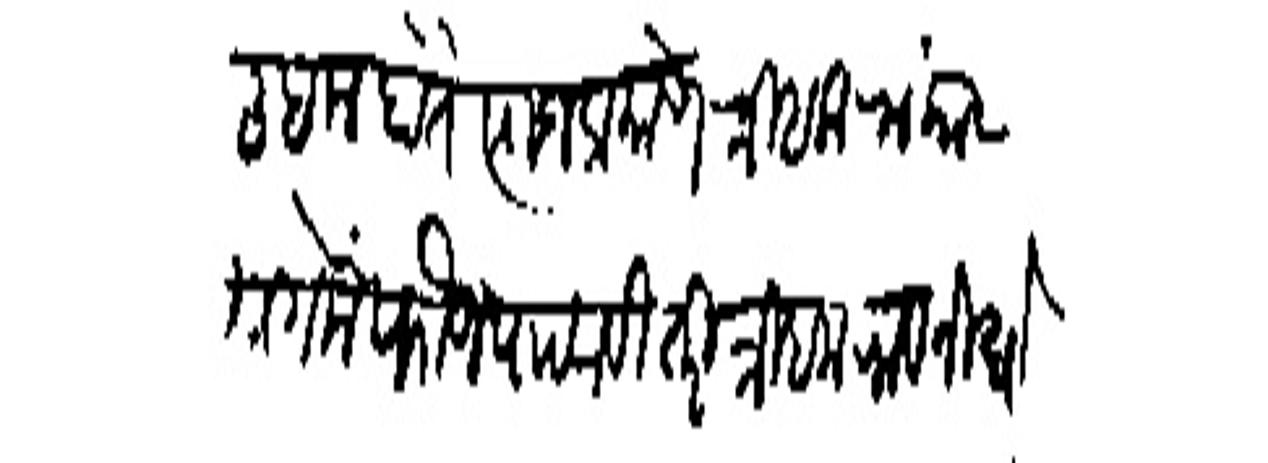
Transliteration (Devanagari): लिहिल होते त्याजप्रमाणे त्रिंबकरायास मागमें फौज पाठवावी तरी त्रिंबकराव निघोन